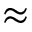
\approx